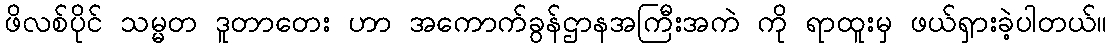
ဖိလစ်ပိုင် သမ္မတ ဒူတာတေး ဟာ အကောက်ခွန်ဌာနအကြီးအကဲ ကို ရာထူးမှ ဖယ်ရှားခဲ့ပါတယ်။